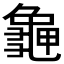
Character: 𪚧